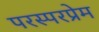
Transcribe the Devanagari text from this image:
परस्परप्रेम